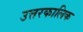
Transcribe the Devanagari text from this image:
उत्तरकालिक